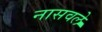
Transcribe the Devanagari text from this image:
नासवले